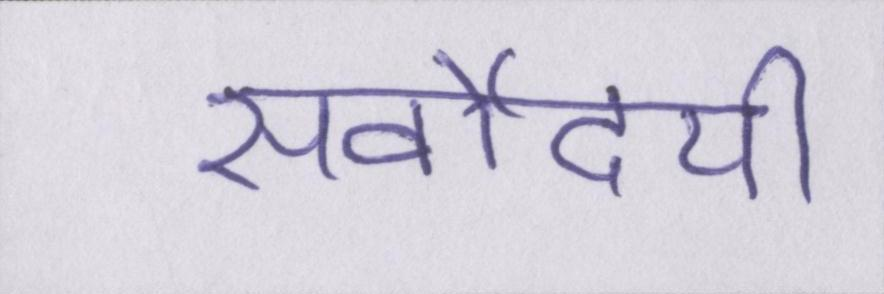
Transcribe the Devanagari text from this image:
सर्वोदयी